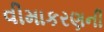
વીમાકરણની